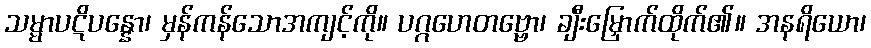
သမ္မာပဋိပန္နော၊ မှန်ကန်သောအကျင့်ကို။ ပဂ္ဂဟေတဗ္ဗော၊ ချီးမြှောက်ထိုက်၏။ အနရိယော၊